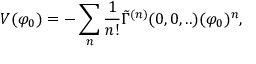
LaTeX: V ( \varphi _ { 0 } ) = - \sum _ { n } \frac { 1 } { n ! } \tilde { \Gamma } ^ { ( n ) } ( 0 , 0 , . . ) ( \varphi _ { 0 } ) ^ { n } ,